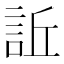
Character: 𧦺